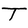
Character: T